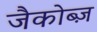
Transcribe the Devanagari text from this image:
जैकोब्ज़